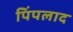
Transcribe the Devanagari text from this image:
पिंपलाद